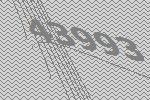
43993